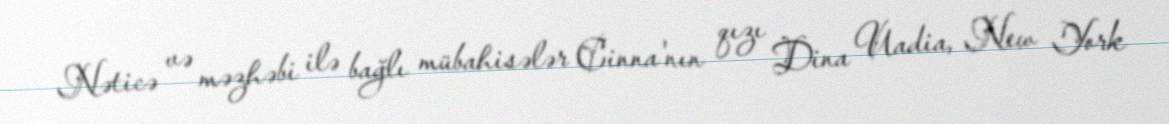
Nəticə və məzhəbi ilə bağlı mübahisələr Cinna'nın qızı Dina Uadia, New York